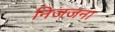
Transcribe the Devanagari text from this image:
निजजना